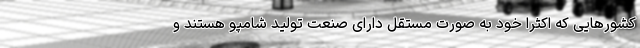
کشورهایی که اکثرا خود به صورت مستقل دارای صنعت تولید شامپو هستند و